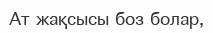
Ат жақсысы боз болар,